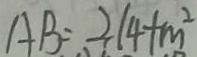
A B = 2 1 4 + m ^ { 2 }